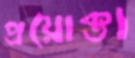
প্রয়োক্তা